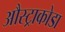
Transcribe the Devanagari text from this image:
औस्ट्राकोडा